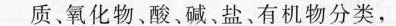
质、氧化物、酸、碱、盐、有机物分类，